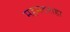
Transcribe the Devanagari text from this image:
महमदशहा